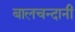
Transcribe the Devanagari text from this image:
बालचन्दानी